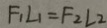
F _ { 1 } L _ { 1 } = F _ { 2 } L _ { 2 }